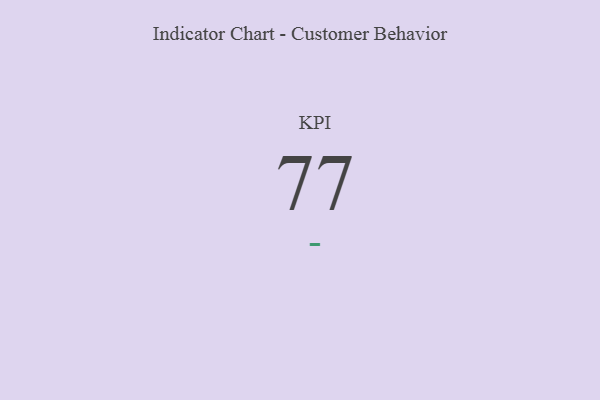
{"axis": {"x": "KPI", "y": "Value"}, "legend": [""], "data": [{"x": "KPI", "y": 77, "type": ""}]}